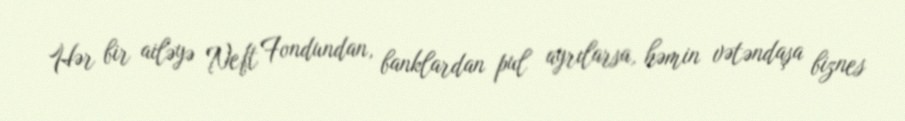
Hər bir ailəyə Neft Fondundan, banklardan pul ayrılarsa, həmin vətəndaşa biznes